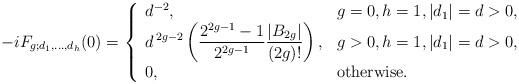
LaTeX: \begin{align*}-i F_{g;d_1,\ldots,d_h}(0) = \left\{ \begin{array}{ll} {d^{-2}} , & g=0,h=1, |d_1|=d > 0, \\ \displaystyle d^{\,2g-2} \left({2^{2g-1} -1 \over 2^{2g-1}} {|B_{2g}|\over (2g)!}\right) , & g>0, h=1, |d_1|=d>0,\\ 0 , & \mbox{otherwise}. \end{array} \right. \end{align*}